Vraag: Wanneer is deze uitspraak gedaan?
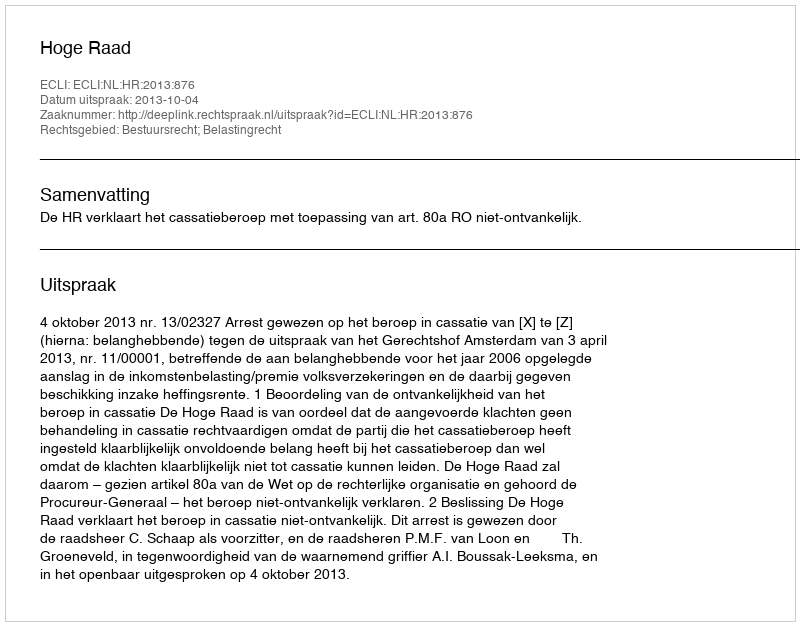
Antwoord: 2013-10-04